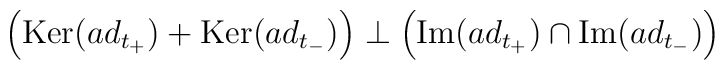
\left( \mbox{Ker}(ad_{t_+}) + \mbox{Ker}(ad_{t_-}) \right) \perp\left( \mbox{Im}(ad_{t_+}) \cap \mbox{Im}(ad_{t_-}) \right)